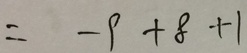
= - 9 + 8 + 1